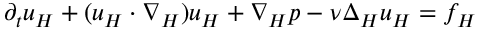
\partial _ { t } u _ { H } + ( u _ { H } \cdot \nabla _ { H } ) u _ { H } + \nabla _ { H } p - \nu \Delta _ { H } u _ { H } = f _ { H }